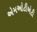
એમઓટીએટી